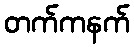
တက်ကနက်